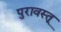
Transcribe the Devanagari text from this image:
पुरावस्तू